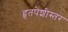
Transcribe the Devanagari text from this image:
हृतपेशीस्तर